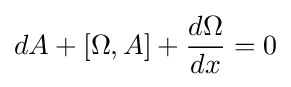
dA+[\Omega ,A]+{\frac {d\Omega }{dx}}=0